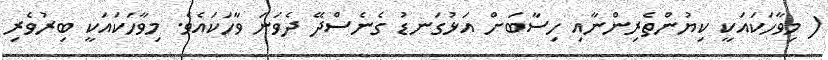
( މިވާހަކައަކީ ކިޔުންތެރިންނާއި ހިސާބަށް އަޅުގަނޑު ގެނެސްދޭ ދެވަނަ ވާހަކައެވެ. މިވާހަކައަކީ ބިރުވެރި